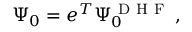
\Psi _ { 0 } = e ^ { T } \Psi _ { 0 } ^ { \mathrm { ~ D ~ H ~ F ~ } } \, ,